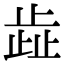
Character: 歮